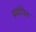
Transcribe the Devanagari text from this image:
स्थांपित